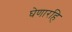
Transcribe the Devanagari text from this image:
घेणारहि